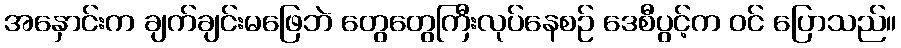
အနှောင်းက ချက်ချင်းမဖြေဘဲ တွေတွေကြီးလုပ်နေစဉ် ဒေစီပွင့်က ဝင် ပြောသည်။